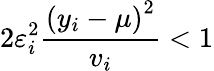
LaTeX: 2\varepsilon_{i}^{2}\frac{\left(y_{i}-\mu\right)^{2}}{v_{i}}<1